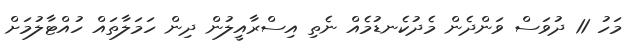
މަހު 11 ދުވަސް ވަންދެން މެދުކެނޑުމެއް ނެތި އިސްރާއީލުން ދިން ހަމަލާތައް ހުއްޓާލުމަށް